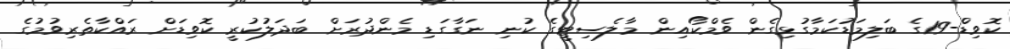
ކޮވިޑް-19ގެ ބަލިމަޑުކަމާގުޅިގެން ވެމްކޯއިން މާލެސިޓީގެ ކުނި ނަގާގަޑި މެންދުރަށް ބަދަލުކުރީ ކޮވިޑަށް ރައްކާތެރިވުމުގެ